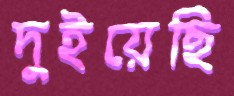
দুইয়েছি